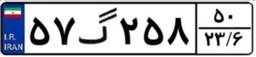
۵۸گ۵۲۹۲۱